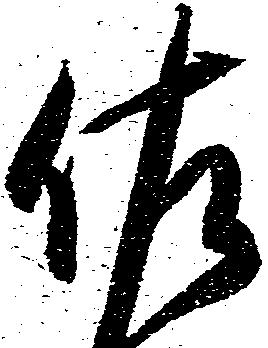
佐